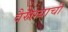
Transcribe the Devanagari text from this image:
वैराग्‍याची